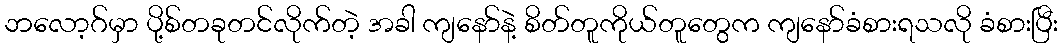
ဘလော့ဂ်မှာ ပို့စ်တခုတင်လိုက်တဲ့ အခါ ကျနော်နဲ့ စိတ်တူကိုယ်တူတွေက ကျနော်ခံစားရသလို ခံစားပြီး